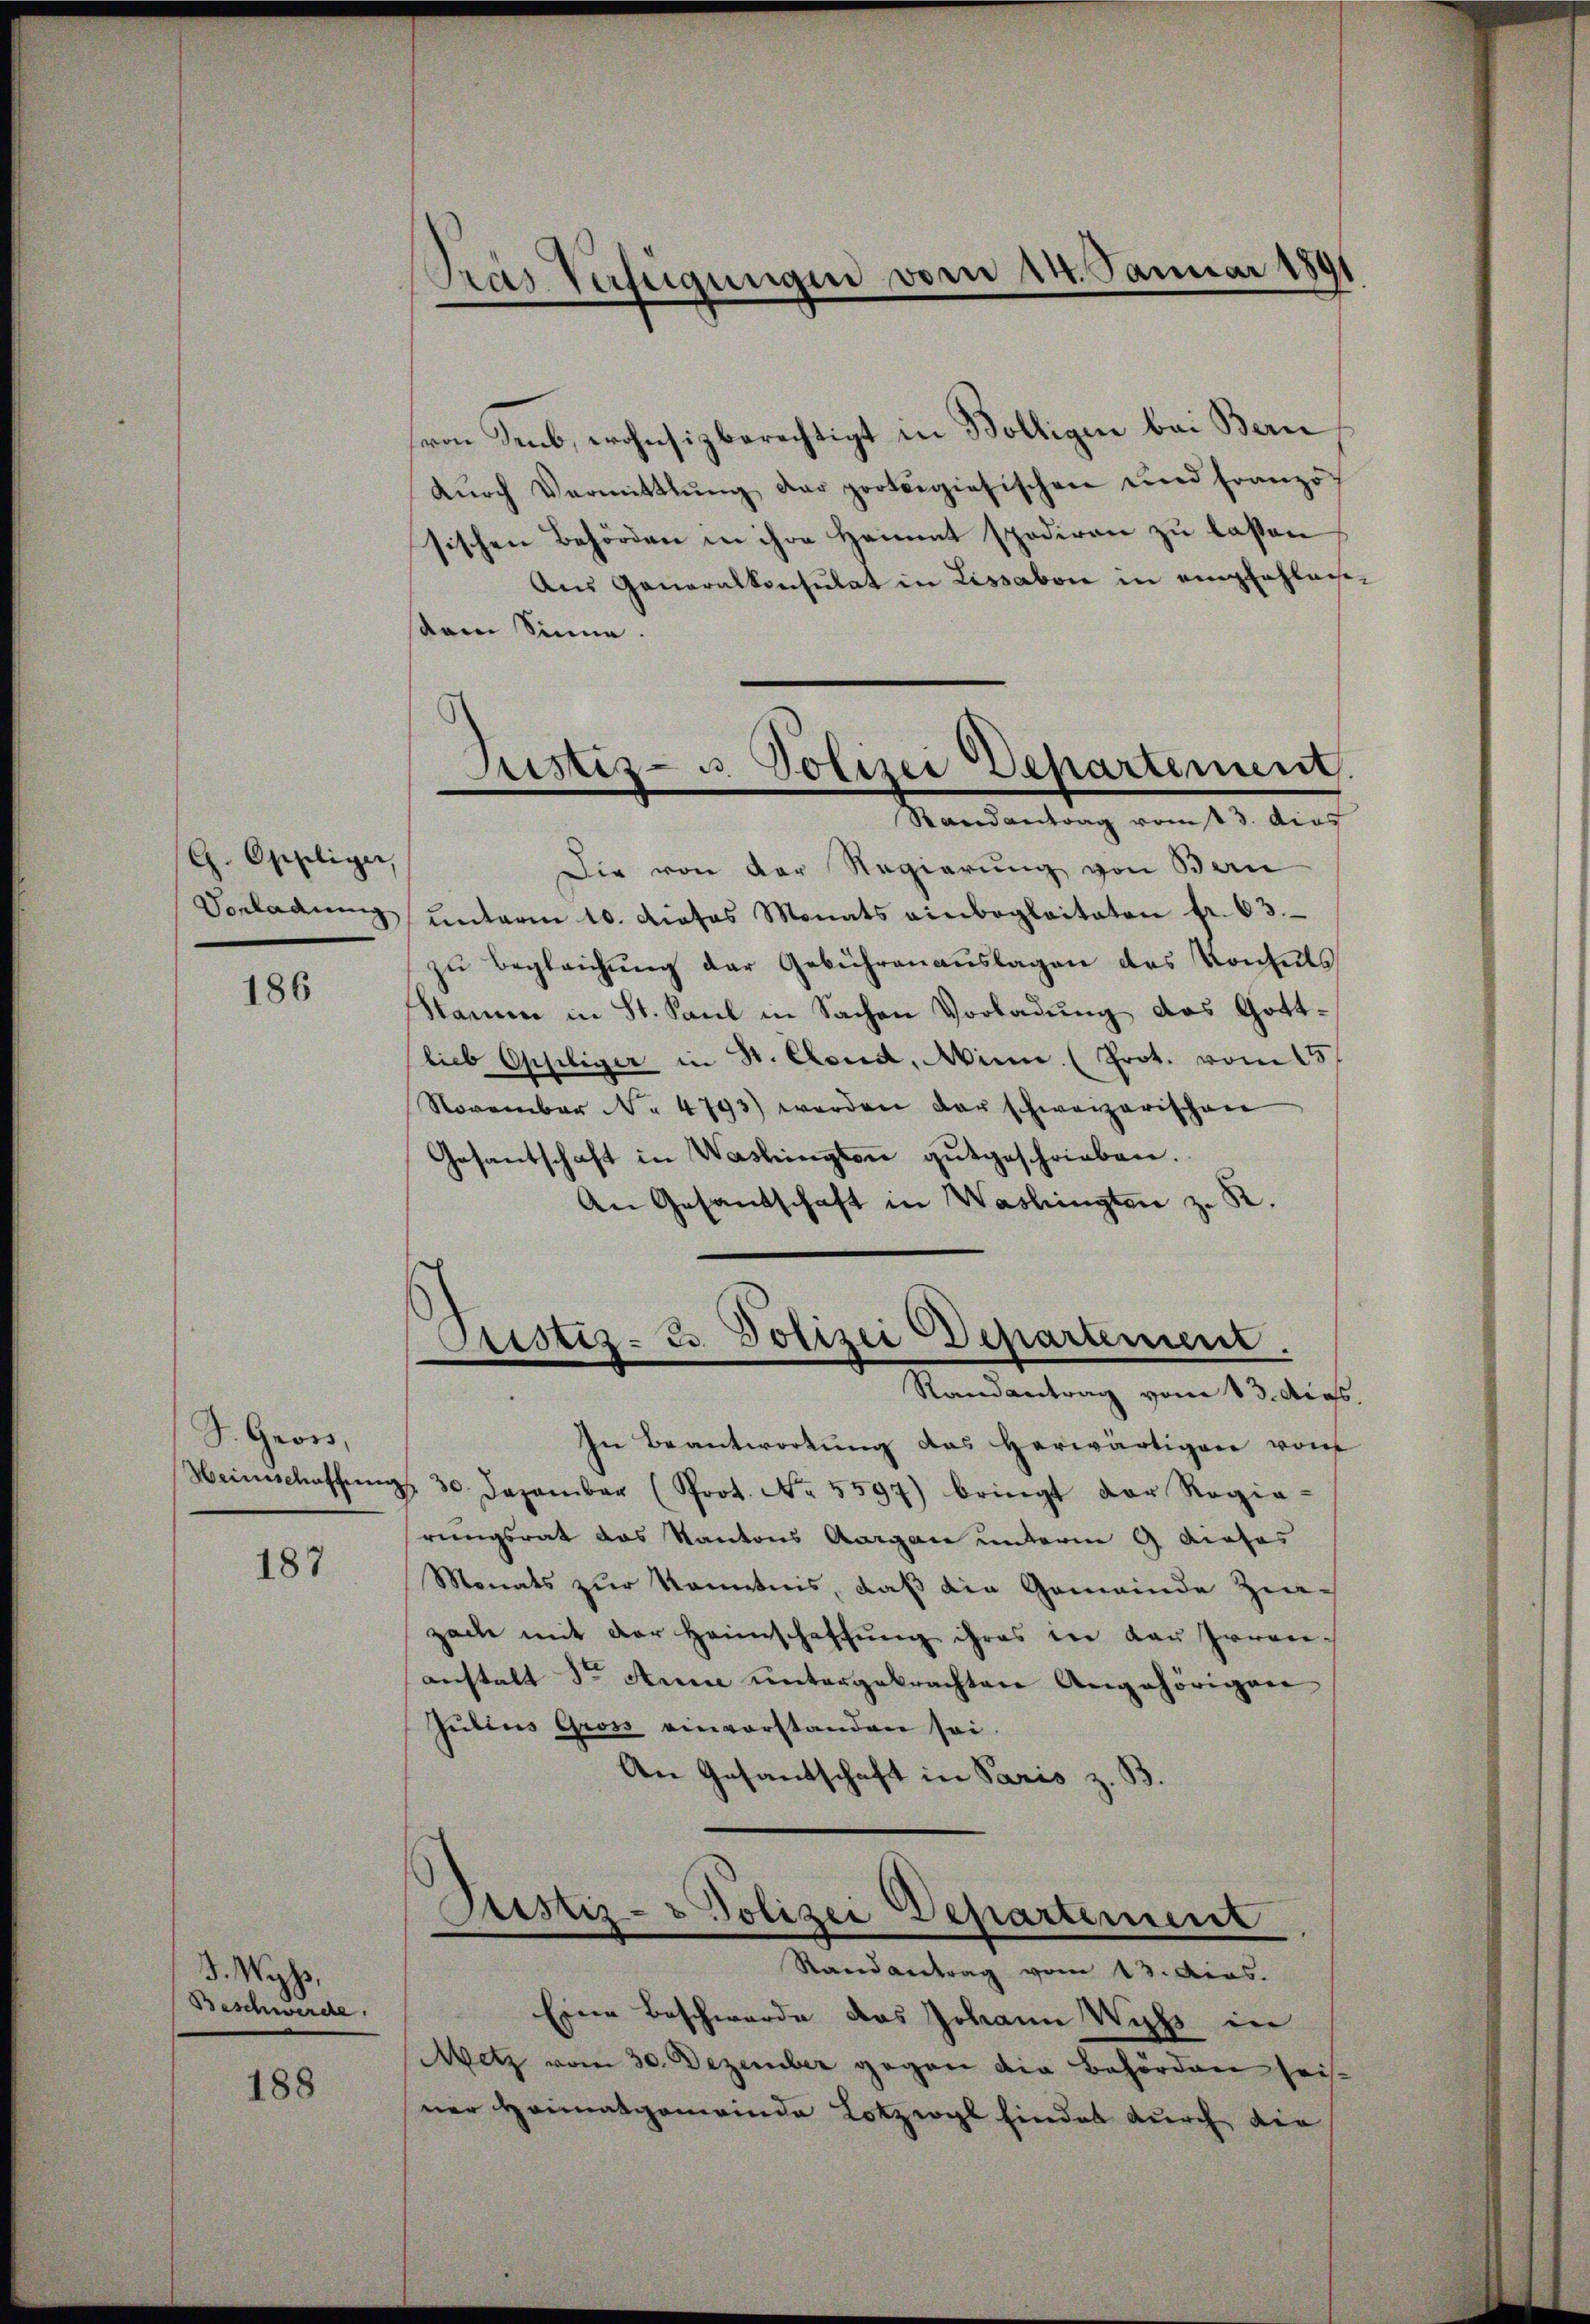
G. Oppliger,
Vorladung

186

S. Gross,

187

J. Wyss,
Beschwerde.

188

Pras Verfügungen vom 14. Januar 1891

(von Seb, wohnsizberechtigt in Bölligen bei Bern
dŭrch Vermittlŭng der prologiesischen und franzö-
sischen Behörden in ihre Hammt spediren zu laßen
Aus Generalkonsulat in Lissabon in empfahlaisdem Sinne.
Randantrag vom 13. dies
Die von der Regierung von Ban
ŭnterm 10. dieses Monats einbeglaitaten fr. 63.
zu begleichung der Gebührenauslagen des Konsuls
Namen in St. Paul in Sachen Vorladung das Gottlieb Oppliger in St. Cond, Minn. (Prot. vom 15
November No 4793) werden der schweizerischen
Gesantschaft in Washington gutgeschrieben.
An Gesandschaft in Washingten z. R.

Justiz- u. Polizei Departement.
—

Prustiz- u. Polizei Departement.
Randantrag vom 13. Aug.

Sistiz- & Polizei Departement
Randantrag vom 13. dies.

In Beantwortung das herwärtigen von
Heinschaffŭng 30. Dezember (Prot. No. 5597) bringt der Regie-
rungsrat das Kantons Aargau unterm 9 dieses
Monats zur Kenntnis, daß die Gemeinde Zinzach mit der Heimschaffung ihres in Lauparen-
anstalt der Anne untergebrachten Angehörigen
Jutius Gross einvorstanden sei.
An Gesantschaft in Paris z. B.

Eine Beschwerde das Johann Wipf in
Metz vom 30. Dezember gegen die Behörden heis-
ner Heimatgemeinde Lotzwyl findes durch die